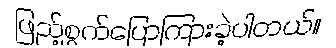
ဖြည့်စွက်ပြောကြားခဲ့ပါတယ်။